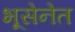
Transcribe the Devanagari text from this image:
भूसेनेत